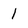
Character: l